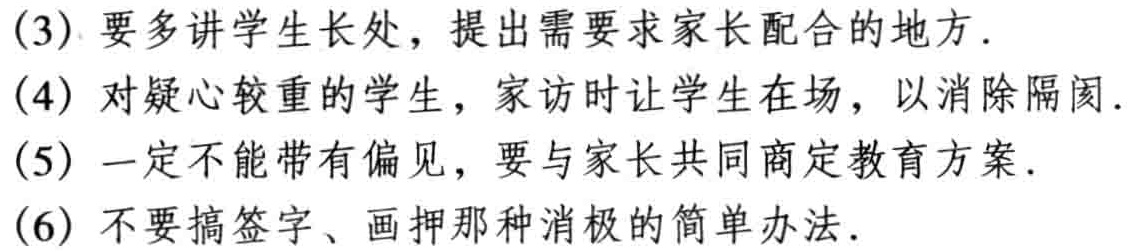
(3) 要多讲学生长处，提出需要求家长配合的地方.

(4) 对疑心较重的学生，家访时让学生在场，以消除隔阂.

(5) 一定不能带有偏见，要与家长共同商定教育方案.

(6) 不要搞签字、画押那种消极的简单办法.